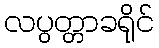
လပွတ္တာခရိုင်